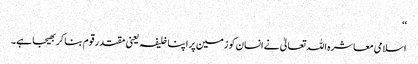
‘‘
اسلامی معاشرہ اللہ تعالیٰ نے انسان کو زمین پر اپنا خلیفہ یعنی مقتدر قوم بنا کر بھیجا ہے۔